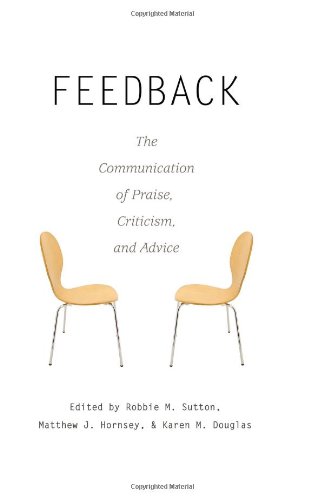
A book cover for Feedback: The Communication of Praise, Criticism, and Advice (Language as Social Action); Medical Books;